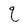
Character: q